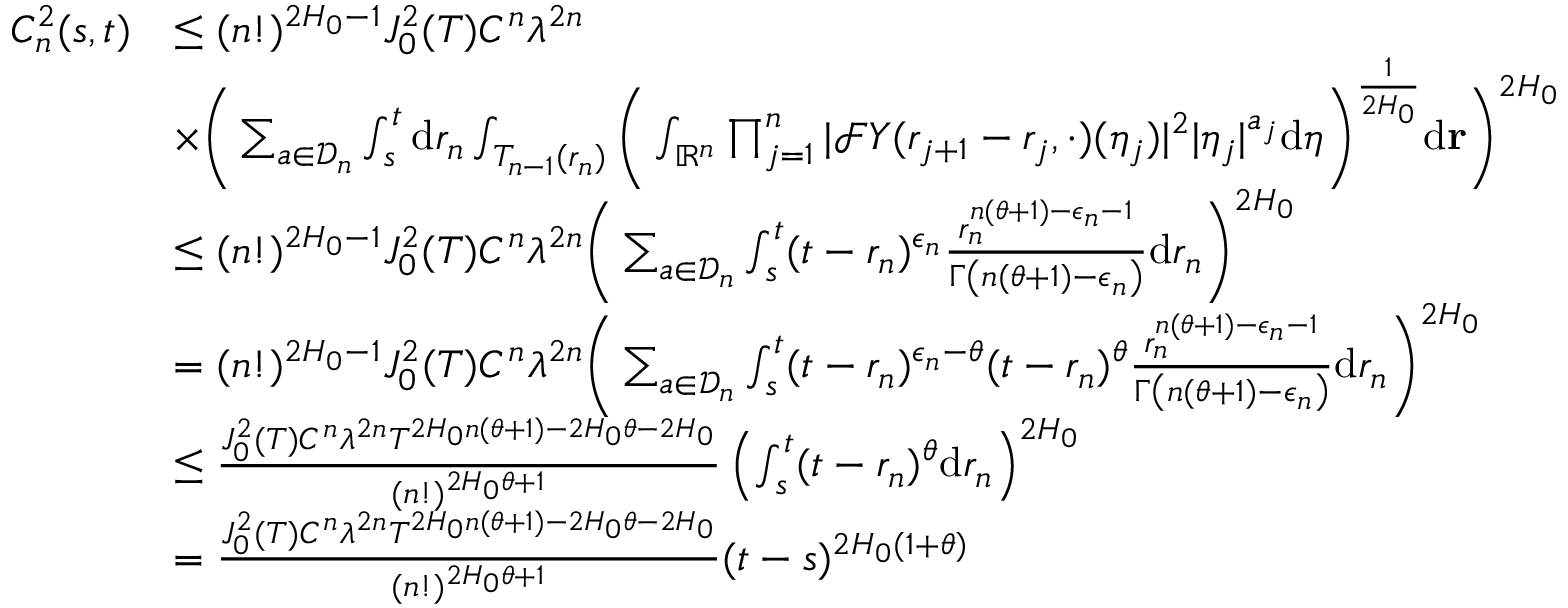
\begin{array} { r l } { C _ { n } ^ { 2 } ( s , t ) } & { \leq ( n ! ) ^ { 2 H _ { 0 } - 1 } J _ { 0 } ^ { 2 } ( T ) C ^ { n } \lambda ^ { 2 n } } \\ & { \times \bigg ( \sum _ { a \in \mathcal D _ { n } } \int _ { s } ^ { t } \ensuremath { \mathrm { d } } r _ { n } \int _ { T _ { n - 1 } ( r _ { n } ) } \bigg ( \int _ { \mathbb { R } ^ { n } } \prod _ { j = 1 } ^ { n } | \mathcal { F } Y ( r _ { j + 1 } - r _ { j } , \cdot ) ( \eta _ { j } ) | ^ { 2 } | \eta _ { j } | ^ { a _ { j } } \ensuremath { \mathrm { d } } \boldsymbol \eta \bigg ) ^ { \frac { 1 } { 2 H _ { 0 } } } \ensuremath { \mathrm { d } } \mathbf { r } \bigg ) ^ { 2 H _ { 0 } } } \\ & { \le ( n ! ) ^ { 2 H _ { 0 } - 1 } J _ { 0 } ^ { 2 } ( T ) C ^ { n } \lambda ^ { 2 n } \bigg ( \sum _ { a \in \mathcal D _ { n } } \int _ { s } ^ { t } ( t - r _ { n } ) ^ { \epsilon _ { n } } \frac { r _ { n } ^ { n ( \theta + 1 ) - \epsilon _ { n } - 1 } } { \Gamma \left( n ( \theta + 1 ) - \epsilon _ { n } \right) } \ensuremath { \mathrm { d } } r _ { n } \bigg ) ^ { 2 H _ { 0 } } } \\ & { = ( n ! ) ^ { 2 H _ { 0 } - 1 } J _ { 0 } ^ { 2 } ( T ) C ^ { n } \lambda ^ { 2 n } \bigg ( \sum _ { a \in \mathcal D _ { n } } \int _ { s } ^ { t } ( t - r _ { n } ) ^ { \epsilon _ { n } - \theta } ( t - r _ { n } ) ^ { \theta } \frac { r _ { n } ^ { n ( \theta + 1 ) - \epsilon _ { n } - 1 } } { \Gamma \left( n ( \theta + 1 ) - \epsilon _ { n } \right) } \ensuremath { \mathrm { d } } r _ { n } \bigg ) ^ { 2 H _ { 0 } } } \\ & { \leq \frac { J _ { 0 } ^ { 2 } ( T ) C ^ { n } \lambda ^ { 2 n } T ^ { 2 H _ { 0 } n ( \theta + 1 ) - 2 H _ { 0 } \theta - 2 H _ { 0 } } } { ( n ! ) ^ { 2 H _ { 0 } \theta + 1 } } \left( \int _ { s } ^ { t } ( t - r _ { n } ) ^ { \theta } \ensuremath { \mathrm { d } } r _ { n } \right) ^ { 2 H _ { 0 } } } \\ & { = \frac { J _ { 0 } ^ { 2 } ( T ) C ^ { n } \lambda ^ { 2 n } T ^ { 2 H _ { 0 } n ( \theta + 1 ) - 2 H _ { 0 } \theta - 2 H _ { 0 } } } { ( n ! ) ^ { 2 H _ { 0 } \theta + 1 } } ( t - s ) ^ { 2 H _ { 0 } ( 1 + \theta ) } } \end{array}